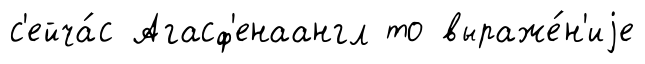
с'ейча́с Агасф'енаангл то выраже́н'иjе